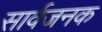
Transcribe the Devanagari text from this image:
सार्वजनक